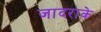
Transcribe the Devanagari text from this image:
जादराके